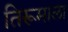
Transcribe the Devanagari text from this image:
तिरूमाला